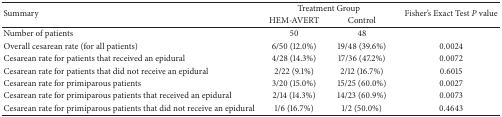
<table><thead><tr><td rowspan="2"><b>Summary</b></td><td colspan="2"><b>Treatment Group</b></td><td rowspan="2"><b>Fisher&#x27;s Exact Test <i>P</i> value</b></td></tr><tr><td><b>HEM-AVERT</b></td><td><b>Control</b></td></tr></thead><tbody><tr><td>Number of patients</td><td>50</td><td>48</td><td> </td></tr><tr><td>Overall cesarean rate (for all patients)</td><td>6/50 (12.0%)</td><td>19/48 (39.6%)</td><td>0.0024</td></tr><tr><td>Cesarean rate for patients that received an epidural</td><td>4/28 (14.3%)</td><td>17/36 (47.2%)</td><td>0.0072</td></tr><tr><td>Cesarean rate for patients that did not receive an epidural</td><td>2/22 (9.1%)</td><td>2/12 (16.7%)</td><td>0.6015</td></tr><tr><td>Cesarean rate for primiparous patients </td><td>3/20 (15.0%)</td><td>15/25 (60.0%)</td><td>0.0027</td></tr><tr><td>Cesarean rate for primiparous patients that received an epidural</td><td>2/14 (14.3%)</td><td>14/23 (60.9%)</td><td>0.0073</td></tr><tr><td>Cesarean rate for primiparous patients that did not receive an epidural</td><td>1/6 (16.7%)</td><td>1/2 (50.0%)</td><td>0.4643</td></tr></tbody></table>